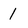
Character: 1